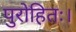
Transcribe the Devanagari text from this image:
पुरोहितः।